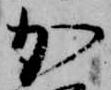
加